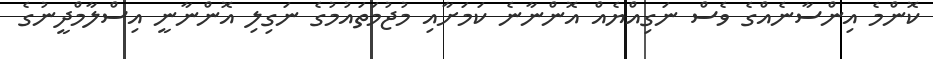
ކޮންމެ އިންސާނެއްގެ ވެސް ނަގިއްޔެއް އޮންނާނެ ކަމަށާއި މުޖުމަތައުމުގެ ނަގިލި އޮންނާނީ އިސްލާމްދީނުގެ